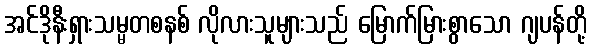
အင်ဒိုနီးရှားသမ္မတစနစ် လိုလားသူများသည် မြောက်မြားစွာသော ဂျပန်တို့